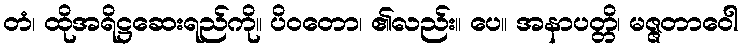
တံ၊ ထိုအရိဋ္ဌဆေးရည်ကို။ ပိဝတော၊ ၏လည်း။ ပေ။ အနာပတ္တိ၊ မဇ္ဇတာဝေါ